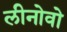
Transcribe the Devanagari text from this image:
लीनोवो